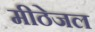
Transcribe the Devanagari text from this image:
मीठेजल